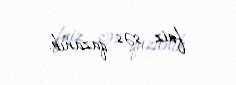
faiz səs qazanıb.